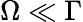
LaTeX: \Omega\ll\Gamma